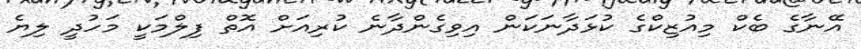
އޭނާގެ ބެކް މިއުޒިކްގެ ކުޅަދާނަކަން އިވިގެންދާނެ ކުރިއަށް އޮތް ފިލްމަކީ މަހުދީ ލިޔެ